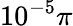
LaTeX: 10^{-5}\pi